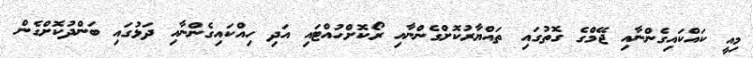
މިއީ ކައްކައިގެންނާއި ޖޭމްގެ ގޮތުގައި ތައްޔާރުކޮށްގެންނާއި ރޯކޮށްހުއްޓައި އަދި ހިއްކައިގެންނާއި ދަޅުގައި ބަންދުކޮށްގެން